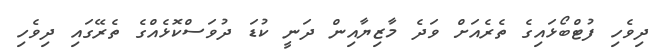
ދިވެހި ފުޓްބޯޅައިގެ ތެރެއަށް ވަދެ މާޒިޔާއިން ދަނީ ކުޑަ ދުވަސްކޮޅެއްގެ ތެރޭގައި ދިވެހި